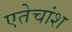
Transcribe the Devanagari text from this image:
एतेचांश